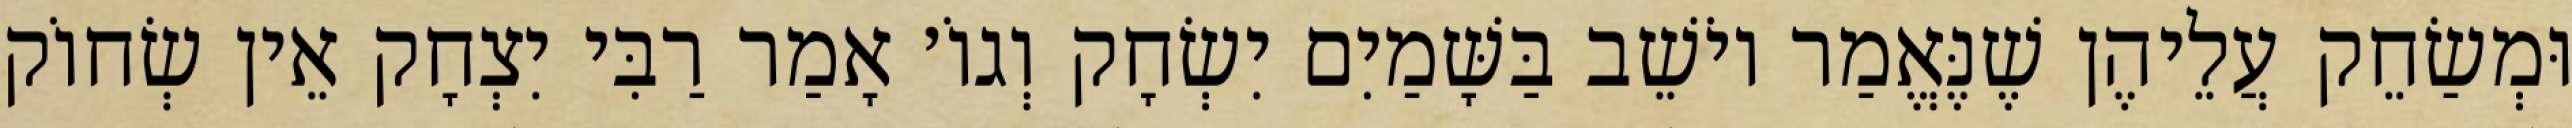
וּמְשַׂחֵק עֲלֵיהֶן שֶׁנֶּאֱמַר יוֹשֵׁב בַּשָּׁמַיִם יִשְׂחָק וְגוֹ׳ אָמַר רַבִּי יִצְחָק אֵין שְׂחוֹק